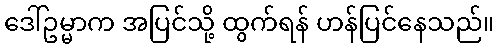
ဒေါ်ဥမ္မာက အပြင်သို့ ထွက်ရန် ဟန်ပြင်နေသည်။